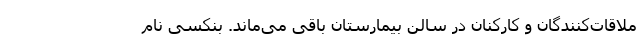
ملاقات‌کنندگان و کارکنان در سالن بیمارستان باقی می‌ماند. بنکسی نام